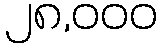
၂၈,၀၀၀